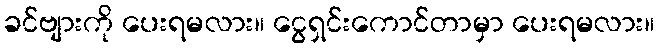
ခင်ဗျားကို ပေးရမလား။ ငွေရှင်းကောင်တာမှာ ပေးရမလား။